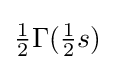
{\tfrac {1}{2}}\Gamma ({\tfrac {1}{2}}s)